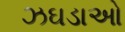
ઝઘડાઓ